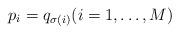
LaTeX: \begin{align*} p_i = q_{\sigma(i)} (i=1,\dots,M)\end{align*}